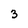
Character: 3